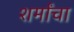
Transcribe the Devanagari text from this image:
शर्मांचा